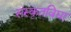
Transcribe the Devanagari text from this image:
संस्कृतविद्या